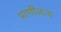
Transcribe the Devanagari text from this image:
प्राणीजन्य